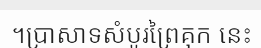
។ប្រាសាទសំបូរព្រៃគុក នេះ